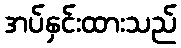
အပ်နှင်းထားသည်